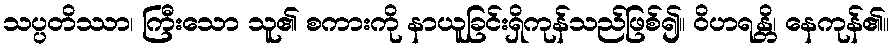
သပ္ပတိဿာ၊ ကြီးသော သူ၏ စကားကို နာယူခြင်းရှိကုန်သည်ဖြစ်၍။ ဝိဟရန္တိ၊ နေကုန်၏။